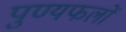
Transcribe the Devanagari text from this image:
पुण्यफलों